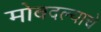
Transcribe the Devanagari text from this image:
मोबदल्याचे